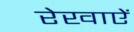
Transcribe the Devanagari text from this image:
रेखाऐं